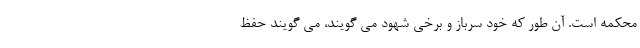
محکمه است. آن طور که خود سرباز و برخی شهود می گویند، می گویند حفظ